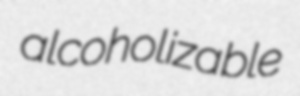
alcoholizable